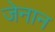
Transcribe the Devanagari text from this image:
जेनान